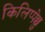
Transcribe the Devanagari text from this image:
किलिप्पेछु